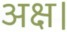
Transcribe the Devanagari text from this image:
अक्ष।